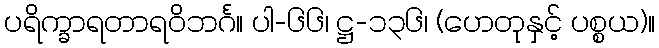
ပရိက္ခာရတာရဝိဘင်္ဂ။ ပါ-၆၆၊ ဋ္ဌ-၁၃၆၊ (ဟေတုနှင့် ပစ္စယ)။